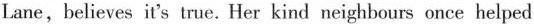
Lane, believes it's true. Her kind neighbours once helped